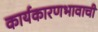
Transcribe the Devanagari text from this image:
कार्यकारणभावाची